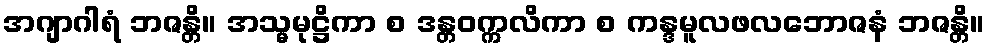
အဂျာဂါရံ ဘဇန္တိ။ အသ္မမုဋ္ဌိကာ စ ဒန္တဝက္ကလိကာ စ ကန္ဒမူလဖလဘောဇနံ ဘဇန္တိ။